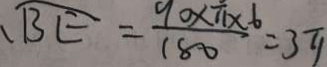
\widehat { B E } = \frac { 9 0 \times \pi \times 6 } { 1 8 0 } = 3 \pi